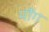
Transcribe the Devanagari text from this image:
मौंग